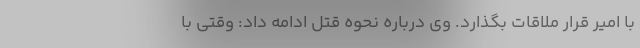
با امیر قرار ملاقات بگذارد. وی درباره نحوه قتل ادامه داد: وقتی با